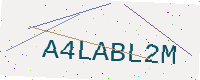
Text: A4LABL2M